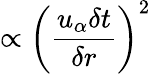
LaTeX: \propto{\left(\frac{u_{\alpha}\delta t}{\delta r}\right)}^{2}